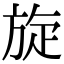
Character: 旋